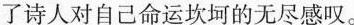
了诗人对自己命运坎坷的无尽感叹。